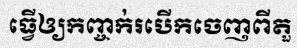
ធ្វើឲ្យកញ្ចក់របើកចេញពីតួ